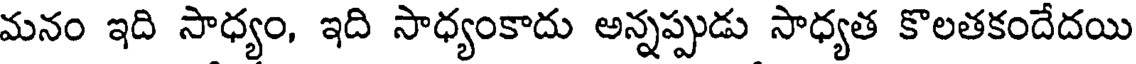
మనం ఇది సాధ్యం, ఇది సాధ్యంకాదు అన్నప్పుడు సాధ్యత కొలతకందేదయి